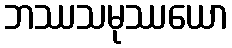
ဘဿသမုဿယော